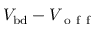
V _ { \mathrm { b d } } - V _ { \mathrm { ~ o ~ f ~ f ~ } }